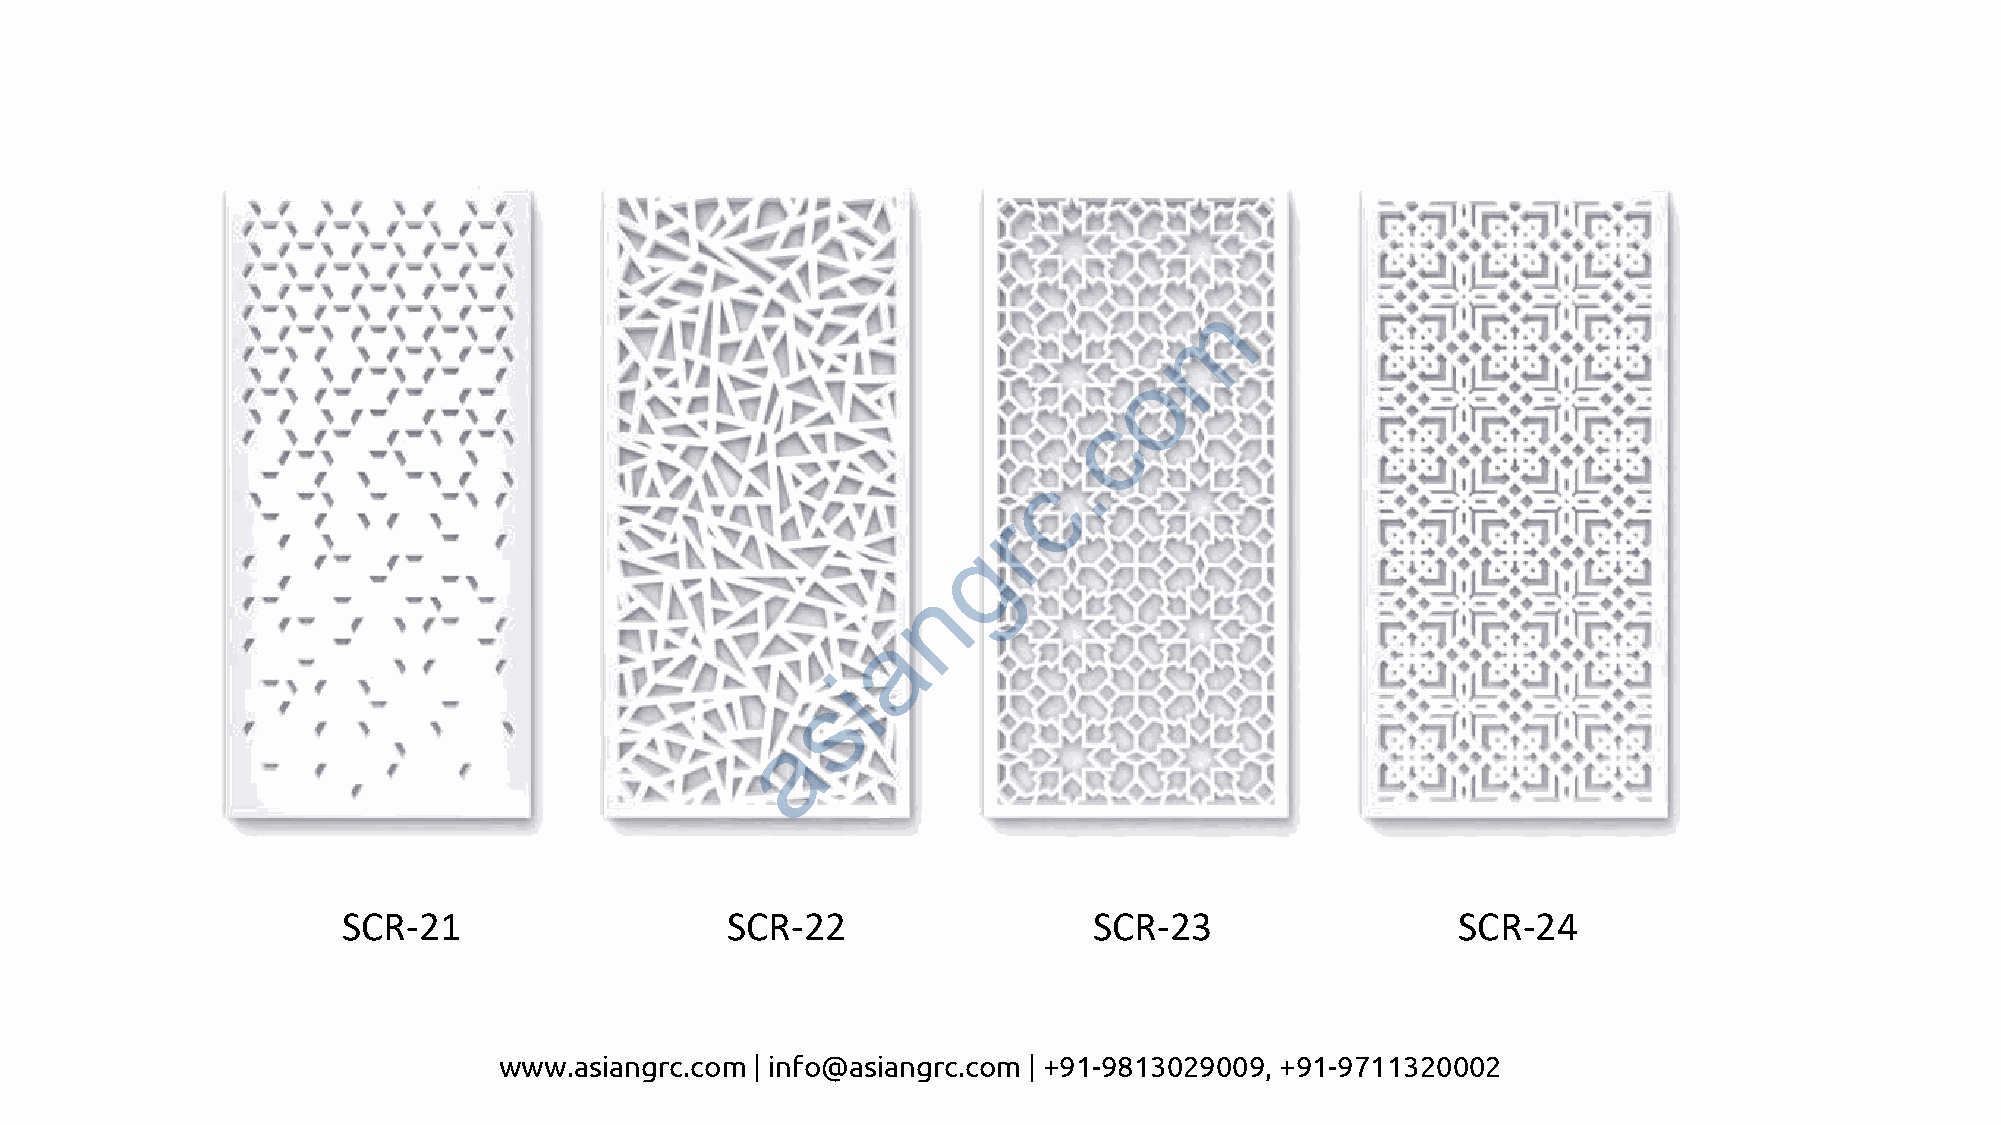
m
 o
 c
 .
 c
 r
 g
 n
 a
 i
 s
 a
 SCR-21                   SCR-22                  SCR-23                  SCR-24
 www.asiangrc.com | info@asiangrc.com | +91-9813029009, +91-9711320002